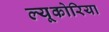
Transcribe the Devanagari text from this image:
ल्यूकोरिया